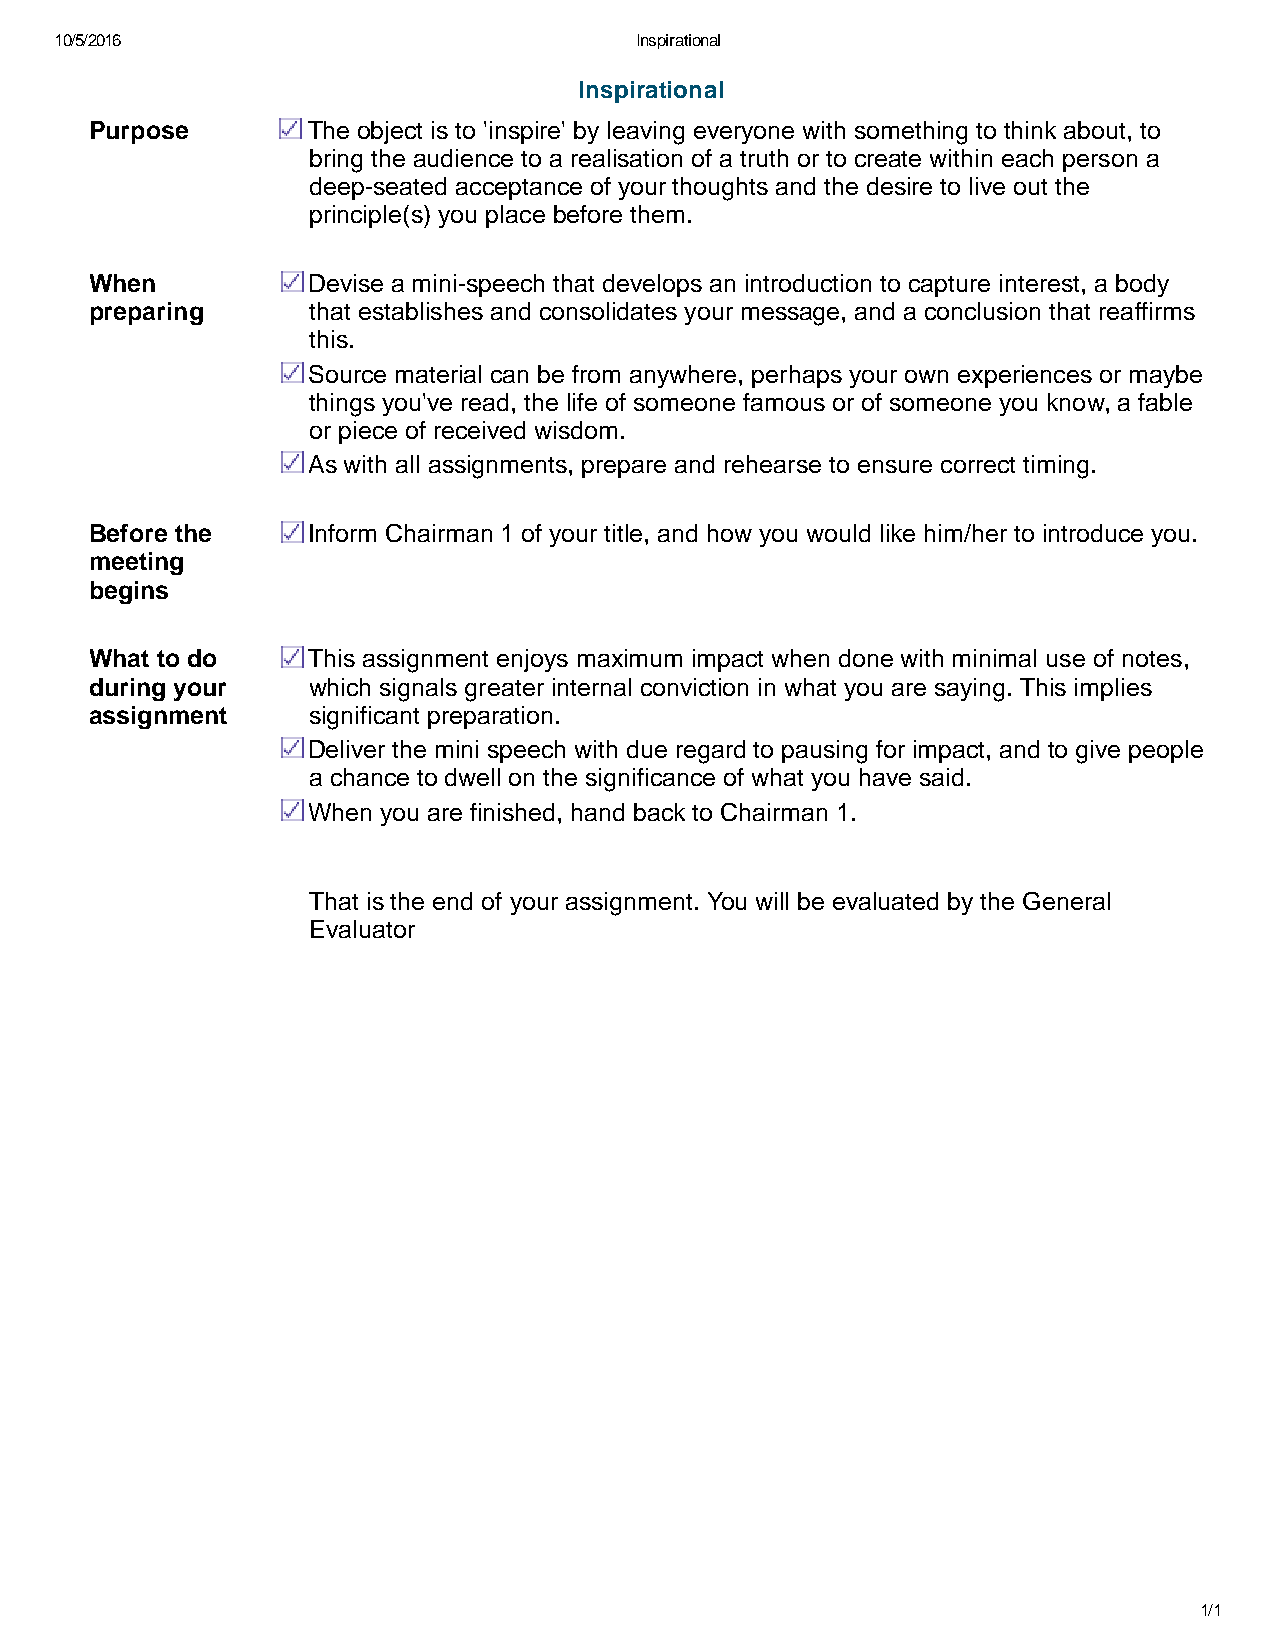
10/5/2016                             Inspirational
 Inspirational
 Purpose       The object is to 'inspire' by leaving everyone with something to think about, to
 bring the audience to a realisation of a truth or to create within each person a
 deep seated acceptance of your thoughts and the desire to live out the
 principle(s) you place before them.
 When          Devise a mini speech that develops an introduction to capture interest, a body
 preparing     that establishes and consolidates your message, and a conclusion that reaffirms
 this.
 Source material can be from anywhere, perhaps your own experiences or maybe
 things you've read, the life of someone famous or of someone you know, a fable
 or piece of received wisdom.
 As with all assignments, prepare and rehearse to ensure correct timing.
 Before the    Inform Chairman 1 of your title, and how you would like him/her to introduce you.
 meeting
 begins
 What to do    This assignment enjoys maximum impact when done with minimal use of notes,
 during your   which signals greater internal conviction in what you are saying. This implies
 assignment    significant preparation.
 Deliver the mini speech with due regard to pausing for impact, and to give people
 a chance to dwell on the significance of what you have said.
 When you are finished, hand back to Chairman 1.
 That is the end of your assignment. You will be evaluated by the General
 Evaluator
 1/1